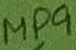
Text: MP9